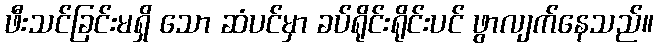
ဖီးသင်ခြင်းမရှိ သော ဆံပင်မှာ ခပ်ရိုင်းရိုင်းပင် ဖွာလျက်နေသည်။